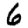
Digit: 6